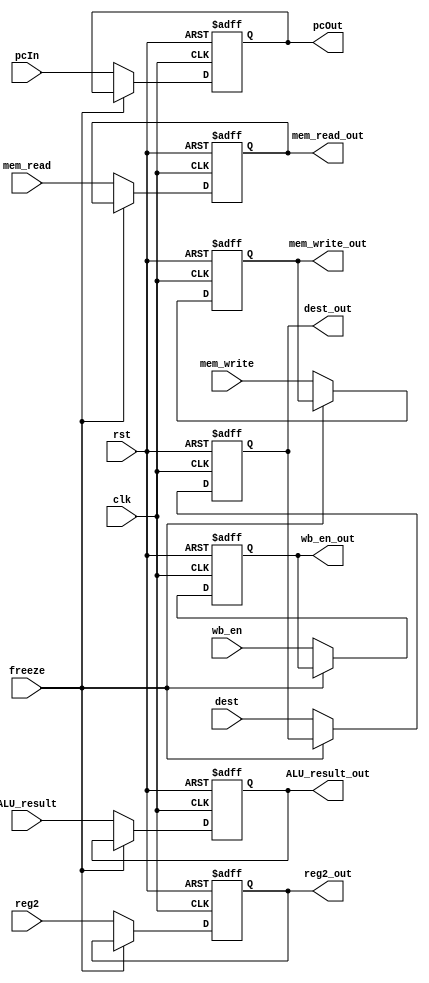
module EXE_MEM_REG(
	input clk,
	input rst,
	input [31:0] pcIn,
	input [31:0] ALU_result,
	input wb_en,
	input mem_read,
	input mem_write,
	input [4:0] dest,
	input [31:0] reg2,
	input freeze,
	output reg[31:0] pcOut,
	output reg[31:0] ALU_result_out,
	output reg wb_en_out,
	output reg mem_read_out,
	output reg mem_write_out,
	output reg [4:0] dest_out,
	output reg [31:0] reg2_out
);

	always@(posedge clk, posedge rst) begin
		if(rst) begin
			pcOut <= 32'b0;
			ALU_result_out <= 32'b0;
			wb_en_out <= 1'b0;
			mem_read_out <= 1'b0;
			mem_write_out <= 1'b0;
			dest_out <= 5'b0;
			reg2_out <= 32'b0;
		end
		else if(freeze == 1'b0) begin
			pcOut <= pcIn;
			ALU_result_out <= ALU_result;
			wb_en_out <= wb_en;
			mem_read_out <= mem_read;
			mem_write_out <= mem_write;
			dest_out <= dest;
			reg2_out <= reg2;
		end
	end

endmodule